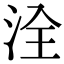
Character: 洤